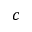
c